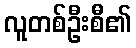
လူတစ်ဦးစီ၏